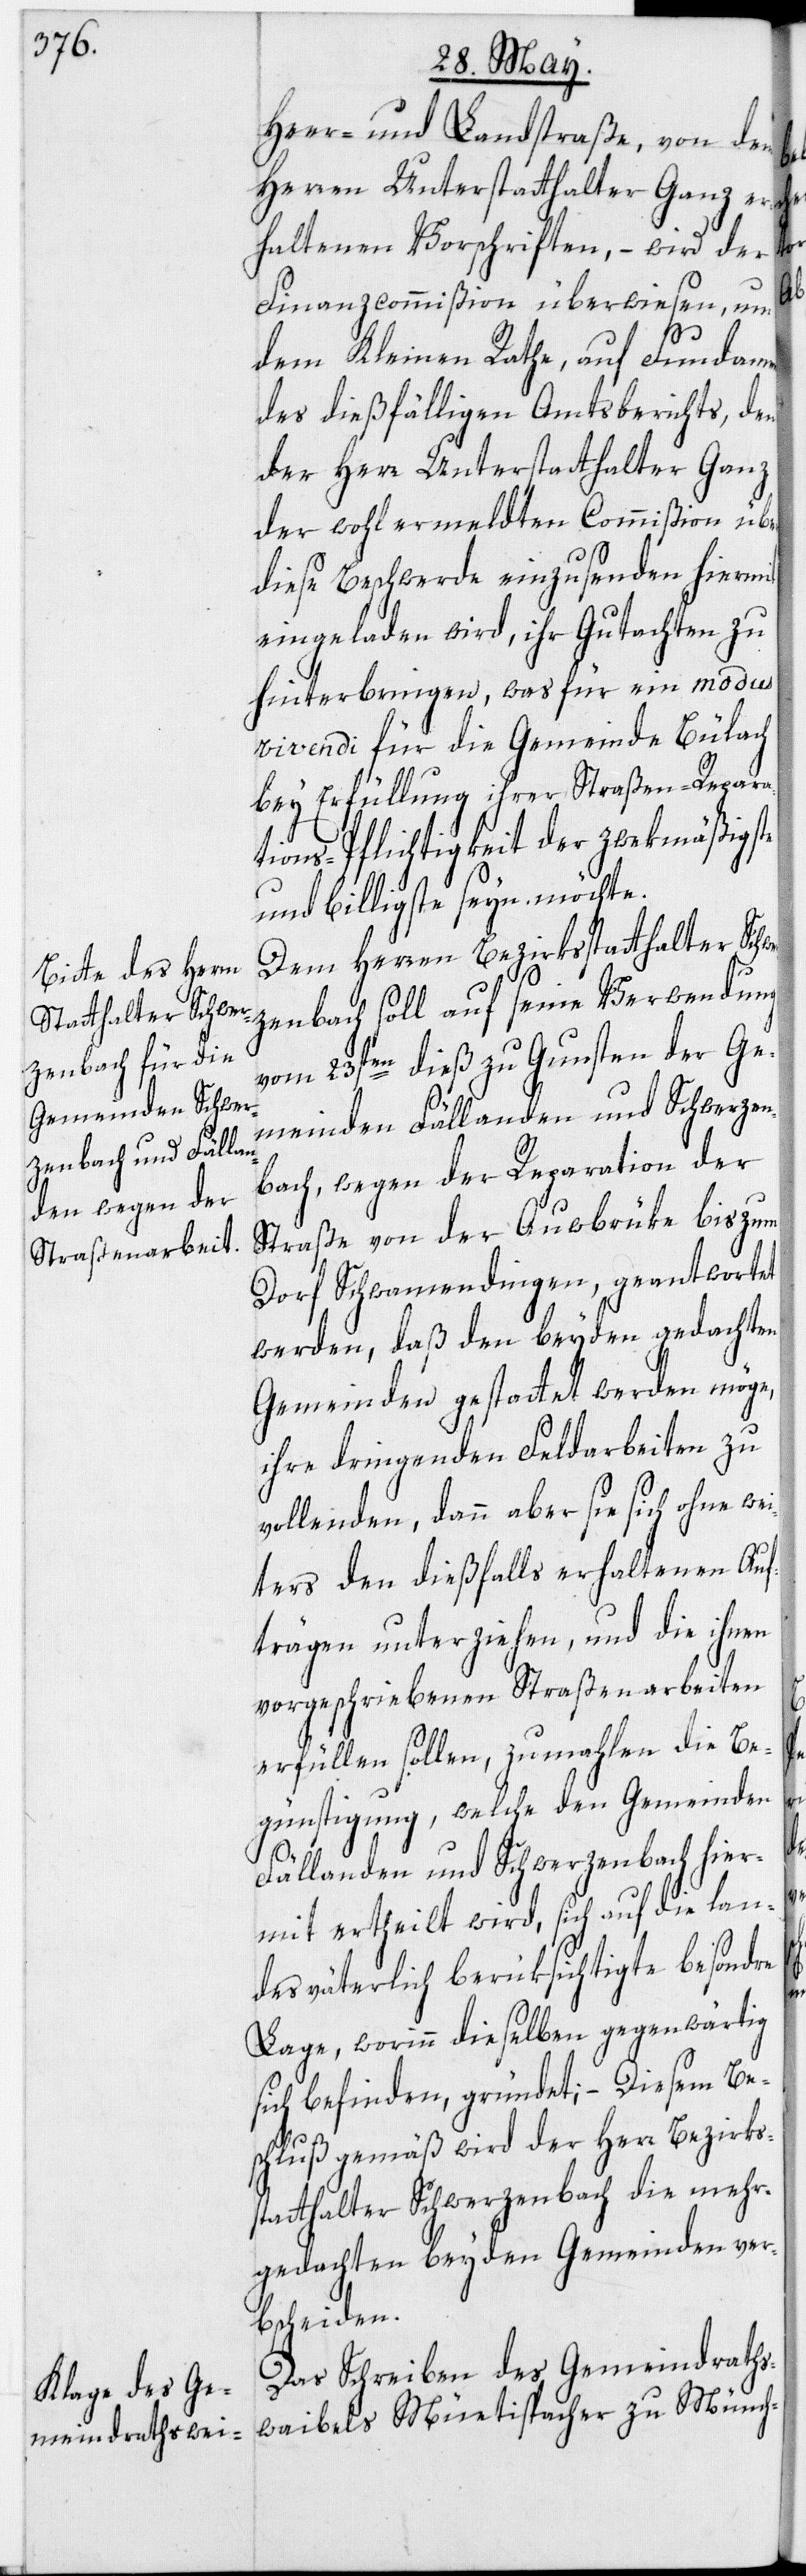
Heer- und Landstraße, von dem
Herren Unterstatthalter Ganz er¬
haltenen Vorschriften, – wird der
s¬
Finanzcommißion überwiesen, um
dem Kleinen Rathe, auf Fundament
des dießfälligen Amtsberichts, den
der Herr Unterstatthalter Ganz
der wohlermeldten Commißion über
diese Beschwerde einzusenden hiermit
eingeladen wird, ihr Gutachten zu
hinterbringen, was für ein modus
vivendi für die Gemeinde Bülach
bey Erfüllung ihrer Straßen-Repara¬
tions-Pflichtigkeit der zwekmäßigste
und billigste seyn möchte.
Dem Herren Bezirksstatthalter Schwe¬
rzenbach soll auf seine Verwendung
vom 23sten dieß zu Gunsten der Ge¬
meinden Fällanden und Schwerzen¬
bach, wegen der Reparation der
Straße von der Auwbrüke bis zum
Dorf Schwamendingen, geantwortet
werden, daß den beyden gedachten
Gemeinden gestattet werden möge,
ihre dringenden Feldarbeiten zu
vollenden, dann aber sie sich ohne wei¬
ters den dießfalls erhaltenen Auf¬
trägen unterziehen, und die ihnen
vorgeschriebenen Straßenarbeiten
erfüllen sollen, zumahlen die Be¬
günstigung, welche den Gemeinden
Fällanden und Schwerzenbach hier¬
mit ertheilt wird, sich auf die lan¬
desväterlich berüksichtigte besondre
Lage, worinn dieselben gegenwärtig
sich befinden, gründet; – Diesem Be¬
schluß gemäß wird der Herr Bezirks¬
tatthalter Schwerzenbach die mehr¬
gedachten beyden Gemeinden ver¬
bscheiden.
Das Schreiben des Gemeindraths¬
waibels Müetispacher zu Münch-